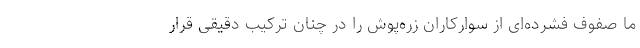
ما صفوف فشرده‌ای از سوارکاران زره‌پوش را در چنان ترکیب دقیقی قرار